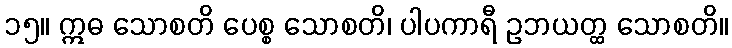
၁၅။ ဣဓ သောစတိ ပေစ္စ သောစတိ၊ ပါပကာရီ ဥဘယတ္ထ သောစတိ။